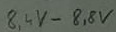
Text: 8,4V-8,8V